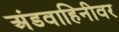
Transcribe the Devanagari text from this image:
अंडवाहिनीवर